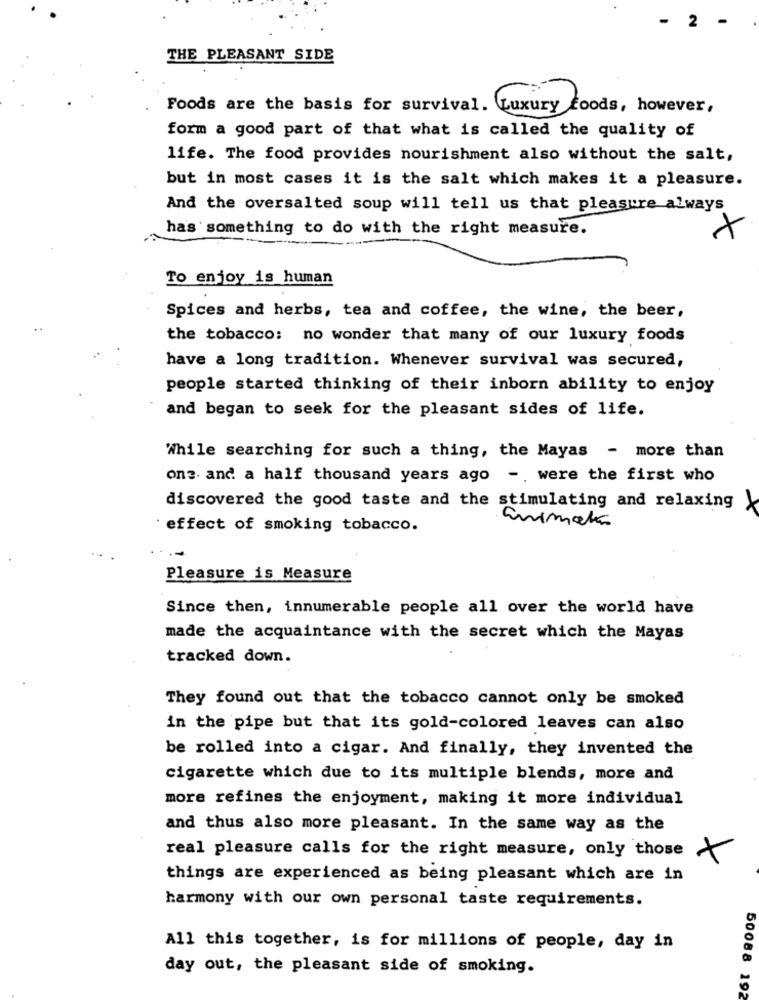
2
THE PLEASANT SIDE
Foods are the basis for survival. Luxury goods, however,
form a good part of that what is called the quality of
life. The food provides nourishment also without the salt,
but in most cases it is the salt which makes it a pleasure.
And the oversalted soup will tell us that pleasure always
has something to do with the right measure.
X
To enjoy is human
Spices and herbs, tea and coffee, the wine, the beer,
the tobacco: no wonder that many of our luxury foods
have a long tradition. Whenever survival was secured,
people started thinking of their inborn ability to enjoy
and began to seek for the pleasant sides of life.
While searching for such a thing, the Mayas - more than
one. and a half thousand years ago - were the first who
discovered the good taste and the stimulating and relaxing
effect of smoking tobacco.
animata
Pleasure is Measure
Since then, innumerable people all over the world have
made the acquaintance with the secret which the Mayas
tracked down.
They found out that the tobacco cannot only be smoked
in the pipe but that its gold-colored leaves can also
be rolled into a cigar. And finally, they invented the
cigarette which due to its multiple blends, more and
more refines the enjoyment, making it more individual
and thus also more pleasant. In the same way as the
real pleasure calls for the right measure, only those
things are experienced as being pleasant which are in
harmony with our own personal taste requirements.
All this together, is for millions of people, day in
day out, the pleasant side of smoking.
50088 192